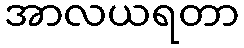
အာလယရတာ